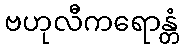
ဗဟုလီကရောန္တံ